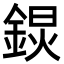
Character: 𨨋